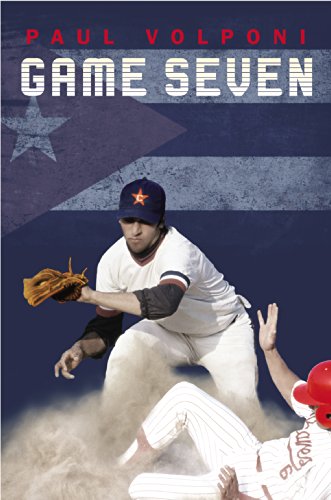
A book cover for Game Seven; Paul Volponi; Teen & Young Adult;